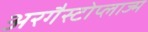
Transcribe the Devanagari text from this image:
अरगैस्टोप्लाज्म